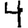
Digit: 4